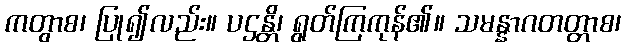
ကတွာစ၊ ပြု၍လည်း။ ပဌန္တိ၊ ရွတ်ကြကုန်၏။ သမန္နာဂတတ္တာစ၊